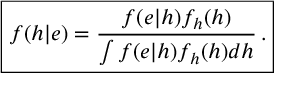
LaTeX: \boxed { f ( h | e ) = \frac { f ( e | h ) f _ { h } ( h ) } { \int f ( e | h ) f _ { h } ( h ) d h } \, . }